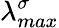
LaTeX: \lambda_{max}^{\sigma}